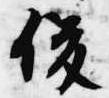
俊